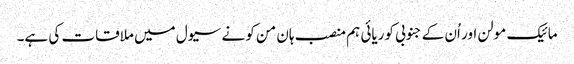
مائیک مولن اور اُن کے جنوبی کوریائی ہم منصب ہان من کو نے سیول میں ملاقات کی ہے۔